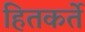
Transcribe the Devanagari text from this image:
हितकर्ते